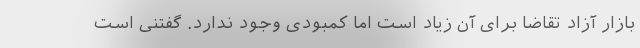
بازار آزاد تقاضا برای آن زیاد است اما کمبودی وجود ندارد. گفتنی است